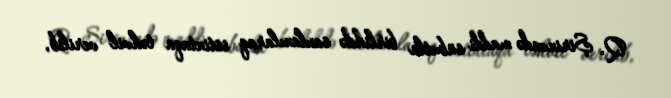
Q. Şirinzadə maddi sübutla birlikdə saxlanılaraq istintaqa təhvil verilib,